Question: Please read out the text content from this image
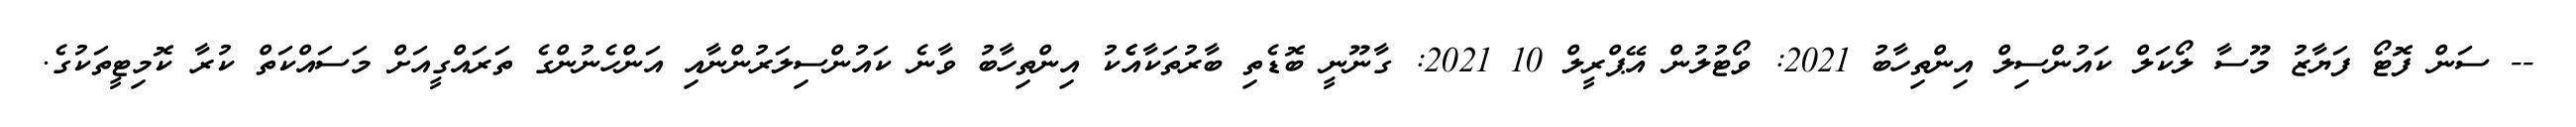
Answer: -- ސަން ފޮޓޯ ފަޔާޒު މޫސާ ލޯކަލް ކައުންސިލް އިންތިހާބު 2021: ވޯޓުލުން އޭޕްރީލް 10 2021: ގާނޫނީ ބޮޑެތި ބާރުތަކާއެެކު އިންތިހާބު ވާނެ ކައުންސިލަރުންނާއި އަންހެނުންގެ ތަރައްގީއަށް މަސައްކަތް ކުރާ ކޮމިޓީތަކުގެ.